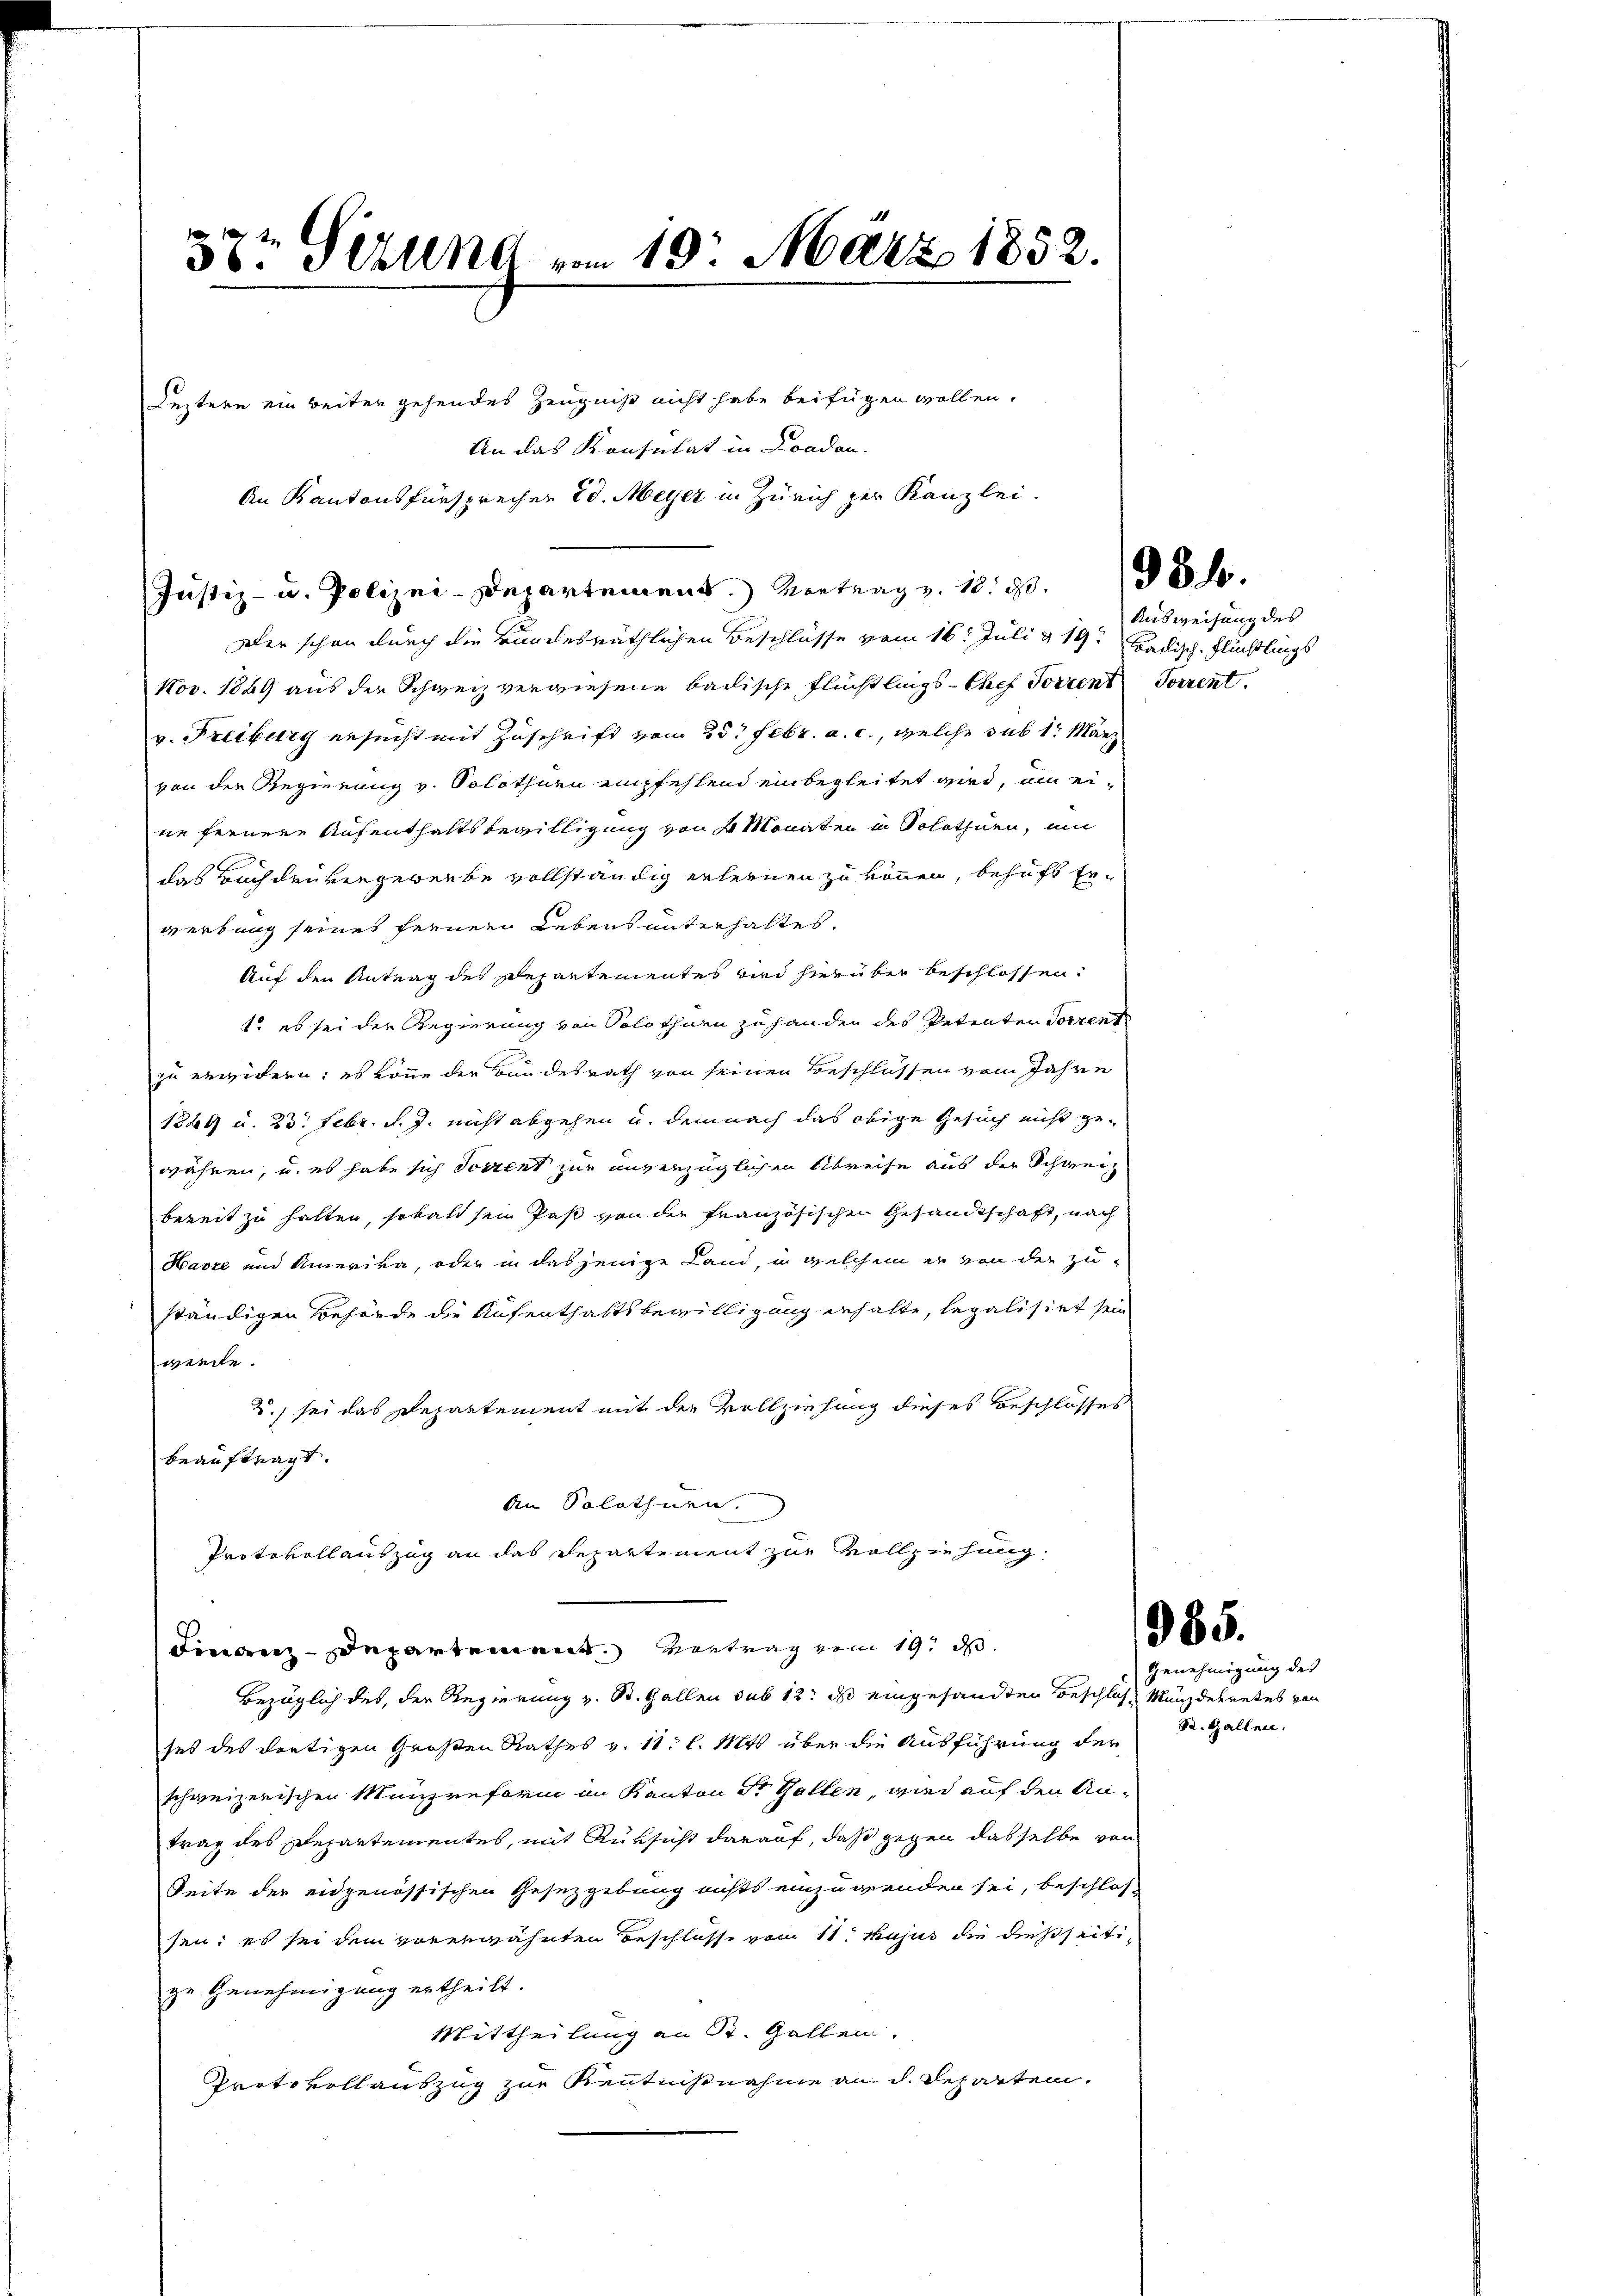
e
3r Sirung vom 19. März 1852.

Leztern ein weiter gehendes Zeugniß nicht habe beifügen wollen.
An das Konsulat in London.
An Kantonsfürsprecher 20. Meyer in Zürich zur Kanzlei.
Justiz- u. Polizei-Departement.) Vortrag z. 18. 30. des
Der schon durch die Bundesräthlichen Beschlüsse vom 16. Juli v. 19. Badisch, Flüchtlings
Nov. 1849 aus der Schweiz verwiesene badische Flüchtlings-Chef Torrent Forrent
v. Freiburg ersucht mit Zuschrift vom 25. Febr. a. c., welche sub 1. März
von der Regierung v. Solothurn empfehlend einbegleitet wird, um eine fernere Aufenthaltsbewilligung von 4 Monaten in Solothurn, um
das Buch den vergewerbe vollständig erleinen zu können, behufs Erwerkung seines fernern Lebens unterhaltes.
Auf den Antrag des Departementes wird hierüber beschlossen:
1. es sei der Regierung von Solothurn zu handen des Petenten Vorrent
zu erwidern; es könne der Bundesrath von seinen Beschlüssen vom Jahre
1824 u. 23. Febr. d. J. nicht abgehen u. demnach das obige Gesuch nicht gewähren, u. es habe sich Soszent zur unverzüglichen Abreise aus der Schweiz
bereit zu halten, sobald sein Past von der französischen Gesandtschaft, nach
Havre und Amerika, oder in dasjenige Land, in welchem er von der Zuständigen Behörde die Aufenthaltsbewilligung erhalte, legalisirt sein
werde.
2) sei das Departement mit der Vollziehung dieses Beschlosses
beauftragt.
An Solothurn.
Protokollauszug an das Repartement zur Vollziehung.
departement Vertrag vom 19. d.
Bezüglich des, der Regierung v. St. Gallen sub 12. ds eingesandten Beschlos, Munzdekretes von
ses des dortigen Großen Rathes v. 11. l. Mts. über die Ausführung der
schweizerischen Münzreform im Kanton St. Gallen, wird auf den Antrag des Departementes, mit Rüksicht darauf, daß gegen dasselbe von
Seite der eidgenössischen Gesetzgebung nichts einzuwenden sei, beschlos-
sen; es sei dem vorerwähnten Beschloss vom 11. hujus die dießseitize Genehmigung ertheilt.
Mittheilung an St. Gallen.
Protokollauszug zur Kenntnißnahme an d. Reparten.

Ausweisung des

S. Gallen.

965.
Genehmigung des